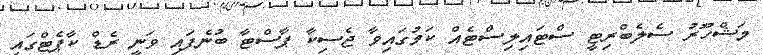
މަޝްހޫރު ސެލެބްރިޓީ ސްޓައިލިސްޓެއް ކަމުގައިވާ ޖެސިކާ ޕާސްޓާ ބުނެފައި ވަނީ ރެޑް ކާޕެޓްގައި